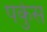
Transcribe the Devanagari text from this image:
पर्कुस